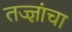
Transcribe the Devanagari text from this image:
तज्‍ज्ञांचा